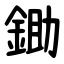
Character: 鋤